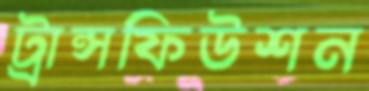
ট্রান্সফিউশন